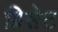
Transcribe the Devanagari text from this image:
ग्रिसेट